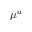
\mu ^ { a }